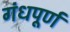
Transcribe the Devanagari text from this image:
गंधपूर्ण